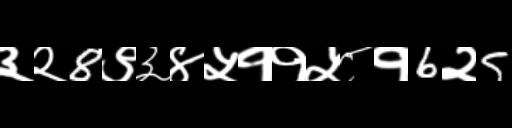
Text: ३२8९३४५११५८१6२5